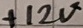
Text: +12V